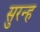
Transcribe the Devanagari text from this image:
सुरन्ह